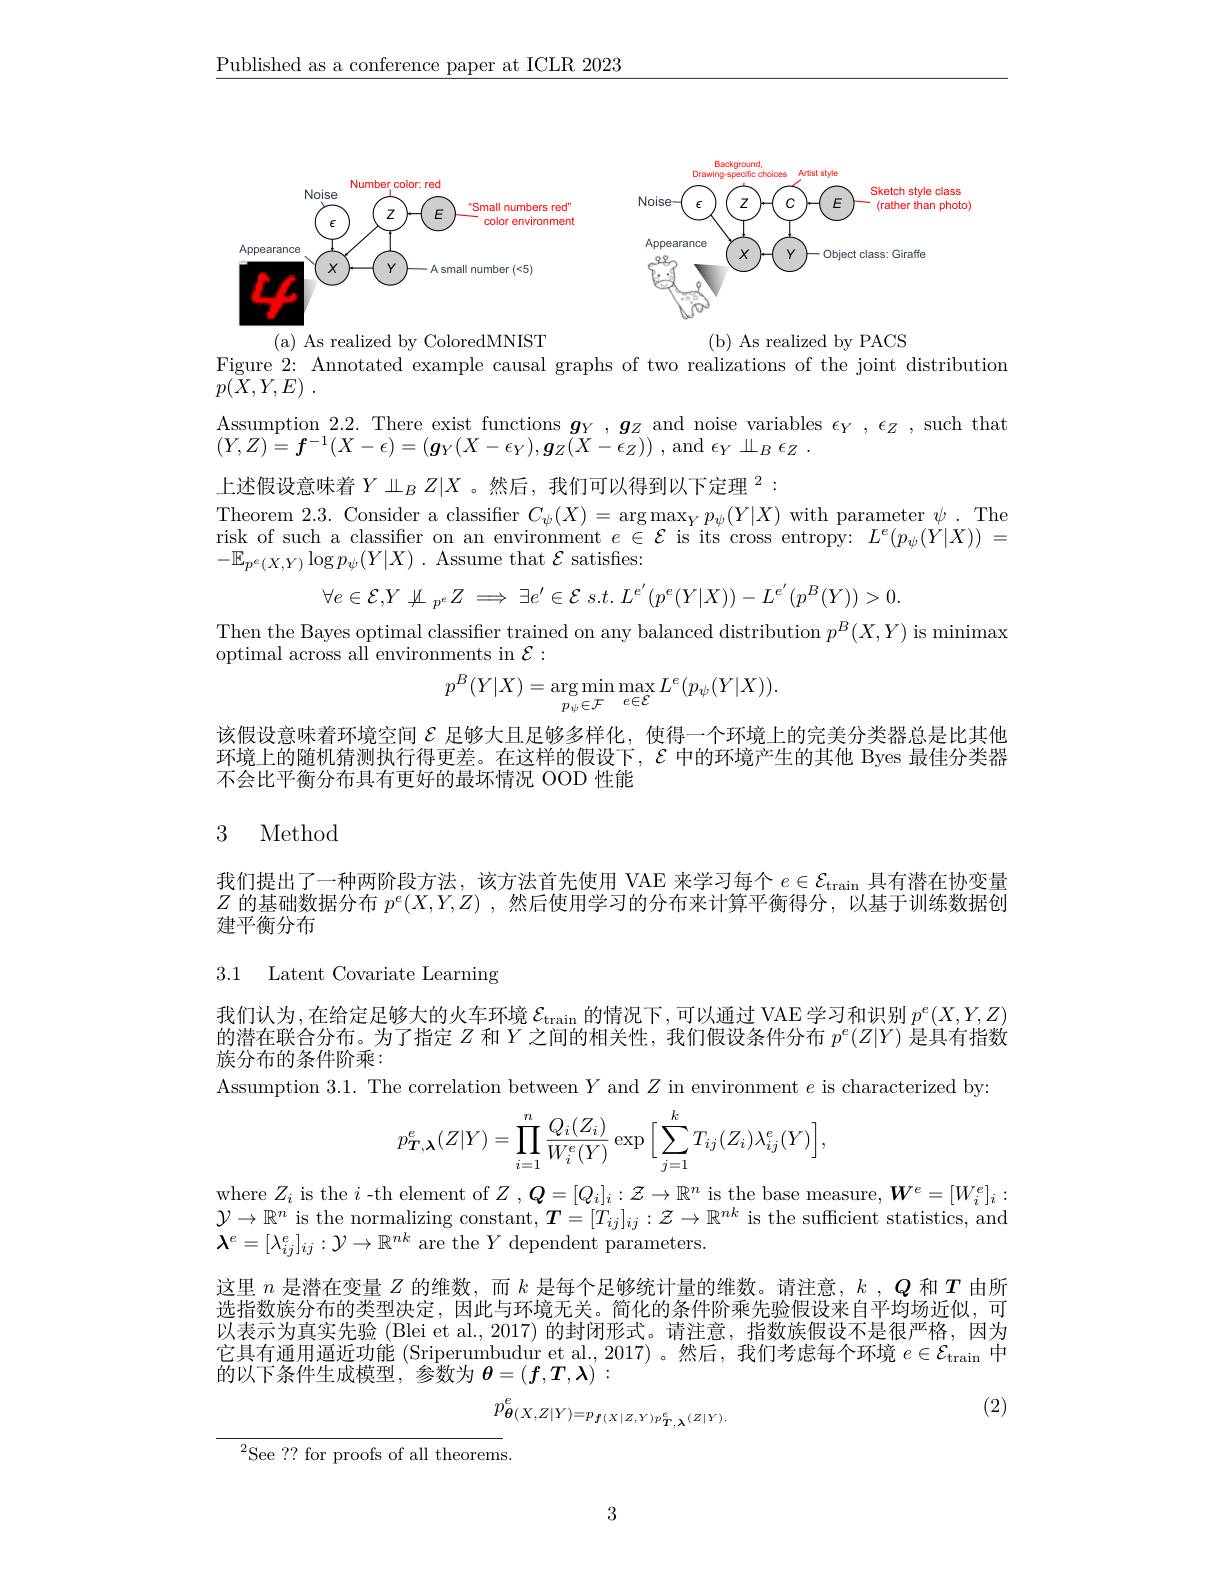
$\underline{\text{Published as a conference paper at ICLR 2023}}$

<FigureHere>
( b) As realized by PACS

(a) As realized by ColoredMNIST
Figure 2: Annotated example causal graphs of two realizations of the joint distribution
$p( {\tilde{X} }, Y, E)$ .
$\begin{array}{c}\text{Assumption 2.2. There exist functions }\boldsymbol{g}_Y,\boldsymbol{g}_Z\end{array}$and noise variables $\epsilon_Y,\epsilon_Z,\operatorname{such~that}\\(V,T)\boldsymbol{f}^{-1/V}(V)\boldsymbol{f}^{-1/V}(V)\boldsymbol{f}(V)\boldsymbol{f}(V)\boldsymbol{f}(V)\boldsymbol{f}(V)\boldsymbol{f}(V)\boldsymbol{f}(V)\boldsymbol{f}(V)\boldsymbol{f}(V)\boldsymbol{f}(V)\boldsymbol{f}(V)\boldsymbol{f}(V)\boldsymbol{f}(V)\boldsymbol{f}(V)\boldsymbol{f}(V))\boldsymbol{f}(V)\boldsymbol{f}(V)\boldsymbol{f}(V$
$( Y, Z) \overset {1}{\operatorname* { \operatorname* { = } } }\boldsymbol{f}^{- 1}( X- \epsilon ) = ( \boldsymbol{g}_{Y}( X- \epsilon _{Y}) , \boldsymbol{g}_{Z}( X- \epsilon _{Z}) )$ ,and$\epsilon _Y\amalg _{B}\epsilon _{Z}$ .
上述假设意味着$Y\amalg_BZ|X$ 。然后，我们可以得到以下定理$^{2}:$
Theorem 2.3. Consider a classifier $C_\psi(X)=\arg\max_Yp_\psi(Y|X)$ with parameter $\psi.$ The risk of such a classifier on an environment $e\in\mathcal{E}$ is its cross entropy: $L^e(p_\psi(Y|X))=$ $- \mathbb{E} _{p^e( X, Y) }\log p_\psi ( Y| X)$ .Assume that $\mathcal{E}$ satisfies:
$$\forall e\in\mathcal{E},Y\not\perp_{p^{e}}Z\implies\exists e'\in\mathcal{E}\:s.t.\:L^{e'}(p^{e}(Y|X))-L^{e'}(p^{B}(Y))>0.$$
Then the Bayes optimal classifier trained on any balanced distribution $p^B(X,Y)$ is minimax

optimal across all environments in $\mathcal{E}:$
$$p^{B}(Y|X)=\arg\min_{p_{\psi}\in\mathcal{F}}\max_{e\in\mathcal{E}}L^{e}(p_{\psi}(Y|X)).$$
该假设意味着环境空间$\mathcal{E}$足够大且足够多样化，使得一个环境上的完美分类器总是比其他环境上的随机猜测执行得更差。在这样的假设下，$\mathcal{\varepsilon}$中的环境产生的其他 Byes 最佳分类器不会比平衡分布具有更好的最坏情况 OOD 性能

## 3 Method

我们提出了一种两阶段方法，该方法首先使用 VAE 来学习每个$e\in\mathcal{E}_\mathrm{train}$具有潜在协变量$Z$的基础数据分布$p^e(X,Y,Z)$ ,然后使用学习的分布来计算平衡得分，以基于训练数据创建平衡分布

3.1 Latent Covariate Learning

我们认为，在给定足够大的火车环境$\mathcal{E}_\mathrm{train}$的情况下，可以通过 VAE 学习和识别$p^e(X,Y,Z)$ 的潜在联合分布。为了指定$Z$和$Y$之间的相关性，我们假设条件分布$p^e(Z|Y)$是具有指数族分布的条件阶乘：
Assumption 3.1. The correlation between $Y$ and $Z$ in environment $e$ is characterized by:
$$p_{\boldsymbol{T},\boldsymbol{\lambda}}^{e}(Z|Y)=\prod_{i=1}^{n}\frac{Q_{i}(Z_{i})}{W_{i}^{e}(Y)}\exp\Big[\sum_{j=1}^{k}T_{ij}(Z_{i})\lambda_{ij}^{e}(Y)\Big],$$
where $Z_i$ is the $i$ -th element of $Z,Q=[Q_i]_i:\mathcal{Z}\to\mathbb{R}^n$ is the base measure, $\boldsymbol W^e=[W_i^e]_i:$ $\mathcal{Y}\to\mathbb{R}^n$ is the normalizing constant, $\boldsymbol{T}=[T_ij]_{ij}:\mathcal{Z}\to\mathbb{R}^{nk}$ is the sufficient statistics, and $\boldsymbol{\lambda}^e=[\lambda_{ij}^e]_{ij}:\mathcal{Y}\to\mathbb{R}^{nk}$ are the $Y$ dependent parameters.

这里$n$是潜在变量$Z$的维数，而$k$是每个足够统计量的维数。请注意，$k,Q$和$T$由所选指数族分布的类型决定，因此与环境无关。简化的条件阶乘先验假设来自平均场近似，可以表示为真实先验 (Blei et al., 2017) 的封闭形式。请注意，指数族假设不是很严格，因为它具有通用逼近功能 (Sriperumbudur et al., 2017) 。然后，我们考虑每个环境$e\in\mathcal{E}_\mathrm{train}$中的以下条件生成模型，参数为$\boldsymbol{\theta}=(f,T,\lambda):$
(2)
$$p_{\boldsymbol{\theta}(X,Z|Y)=p_{\boldsymbol{f}(X|Z,Y){p_{T,\lambda}^{e}(Z|Y).}}}^{e}$$
${}^{2}$See ?? for proofs of all theorems.

3